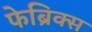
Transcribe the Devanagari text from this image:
फेब्रिक्स